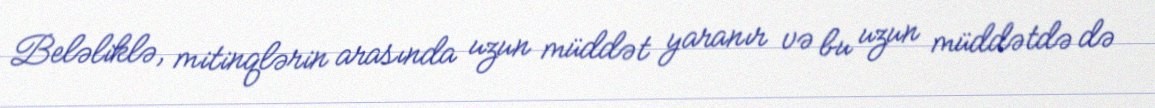
Beləliklə, mitinqlərin arasında uzun müddət yaranır və bu uzun müddətdə də